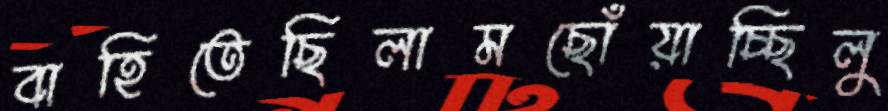
বাহিতেছিলামছোঁয়াচ্ছিলু